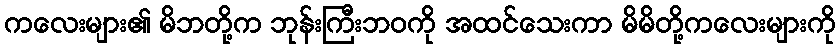
ကလေးများ၏ မိဘတို့က ဘုန်းကြီးဘဝကို အထင်သေးကာ မိမိတို့ကလေးများကို